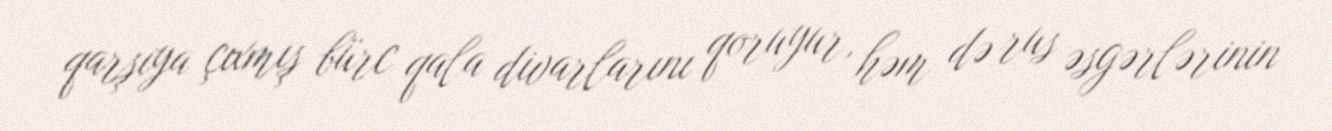
qarşıya çıxmış bürc qala divarlarını qoruyur, həm də rus əsgərlərinin